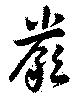
嚴